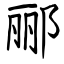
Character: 郦